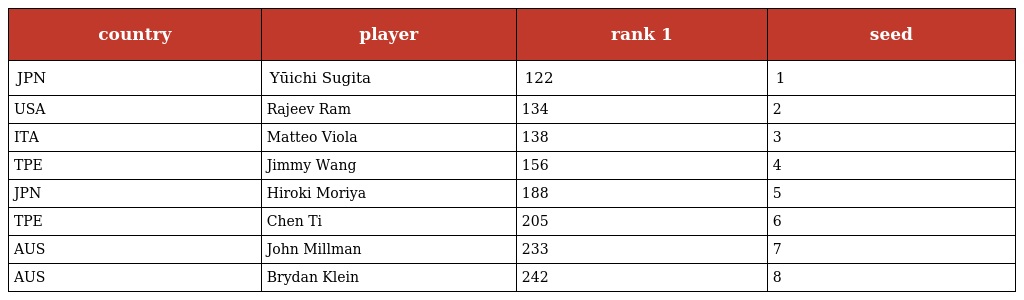
| country | player | rank 1 | seed |
 | --- | --- | --- | --- |
 | JPN | Yūichi Sugita | 122 | 1 |
 | USA | Rajeev Ram | 134 | 2 |
 | ITA | Matteo Viola | 138 | 3 |
 | TPE | Jimmy Wang | 156 | 4 |
 | JPN | Hiroki Moriya | 188 | 5 |
 | TPE | Chen Ti | 205 | 6 |
 | AUS | John Millman | 233 | 7 |
 | AUS | Brydan Klein | 242 | 8 |